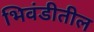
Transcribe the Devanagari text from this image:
भिवंडीतील